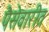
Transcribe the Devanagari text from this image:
पैसेवारीत